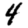
Digit: 4